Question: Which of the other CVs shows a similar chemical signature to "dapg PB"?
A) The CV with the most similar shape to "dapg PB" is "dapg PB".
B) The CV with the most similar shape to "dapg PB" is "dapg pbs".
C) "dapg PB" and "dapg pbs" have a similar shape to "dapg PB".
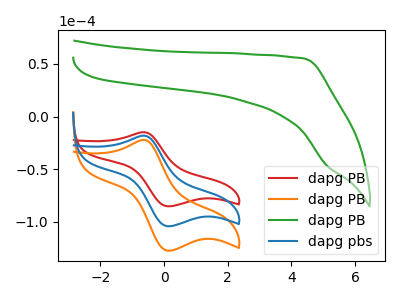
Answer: <think>The red curve "dapg PB" has an anodic peak at (-0.65V, -14.80uA) and a cathodic peak at (0.15V, -85.15uA). The orange curve "dapg PB" has an anodic peak at (-0.65V, -36.15uA) and a cathodic peak at (0.15V, -208.25uA). The green curve "dapg PB" has no peaks. The blue curve "dapg pbs" has an anodic peak at (-0.65V, -18.05uA) and a cathodic peak at (0.15V, -104.15uA).
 All the peaks in "dapg PB" have a peak in "dapg PB" at the same potential. "dapg PB" and "dapg PB" have a different number of peaks. All the peaks in "dapg PB" have a peak in "dapg pbs" at the same potential. "dapg PB" and "dapg PB" have a different number of peaks. All the peaks in "dapg PB" have a peak in "dapg pbs" at the same potential. "dapg PB" and "dapg pbs" have a different number of peaks.</think>
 <answer>C) "dapg PB" and "dapg pbs" have a similar shape to "dapg PB".</answer>
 <eval>C</eval>